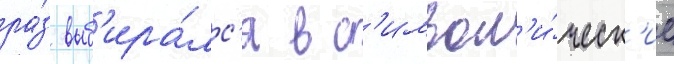
ра́з выб'ира́лс'я в с'имвол'и́ческ'ие